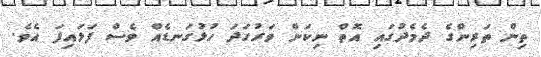
ތިން ތަރިންގެ ދެމެދުގައި އޮތް ނިކަން ވަރުގަދަ ހުޅުގަނޑެއް ވެސް ފަޅައިފަ އެވެ.